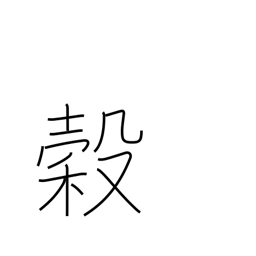
Meaning: grain